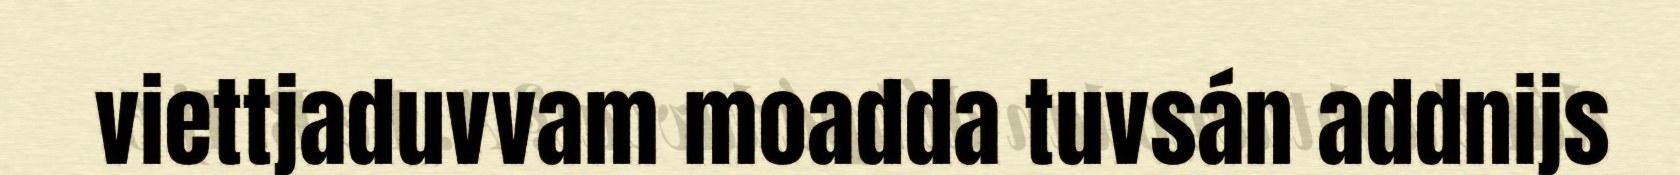
viettjaduvvam moadda tuvsán addnijs